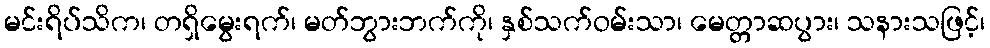
မင်းရိပ်သိက၊ တရှိမွေးရက်၊ မတ်ဘွားဘက်ကို၊ နှစ်သက်ဝမ်းသာ၊ မေတ္တာဆပွား၊ သနားသဖြင့်၊